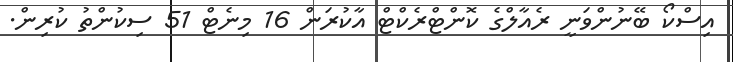
އިސްކޯ ބޭނުންވަނީ ރެއާލްގެ ކޮންޓްރެކްޓް އާކުރަން 16 މިނެޓް 51 ސިކުންތު ކުރިން.